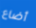
أضاع